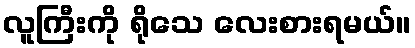
လူကြီးကို ရိုသေ လေးစားရမယ်။